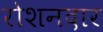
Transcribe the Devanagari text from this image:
रोशनदार